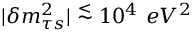
| \delta m _ { \tau s } ^ { 2 } | \stackrel { < } { \sim } 1 0 ^ { 4 } \ e V ^ { 2 }